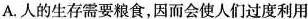
A.人的生存需要粮食，因而会使人们过度利用